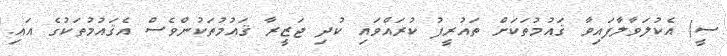
ސީ) އެކުލަވާލާފައިވާ ޤައުމުތަކަށް ތައުރީފު ކުރައްވައި ކުދި ޖަޒީރާ ޤައުމުތަކުންވެސް އެޤައުމުތަކުގެ އައި.